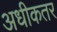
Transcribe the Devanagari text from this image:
अधीकतर